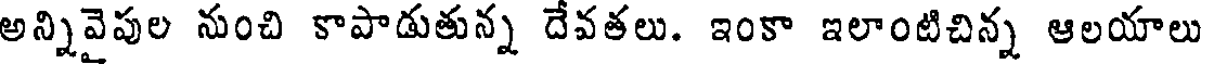
అన్నివైపుల నుంచి కాపాడుతున్న దేవతలు. ఇంకా ఇలాంటిచిన్న ఆలయాలు